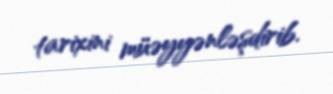
tarixini müəyyənləşdirib.